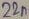
Text: 22n